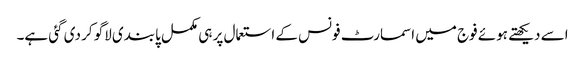
اسے دیکھتے ہوئے فوج میں اسمارٹ فونس کے استعمال پر ہی مکمل پابندی لاگو کر دی گئی ہے۔